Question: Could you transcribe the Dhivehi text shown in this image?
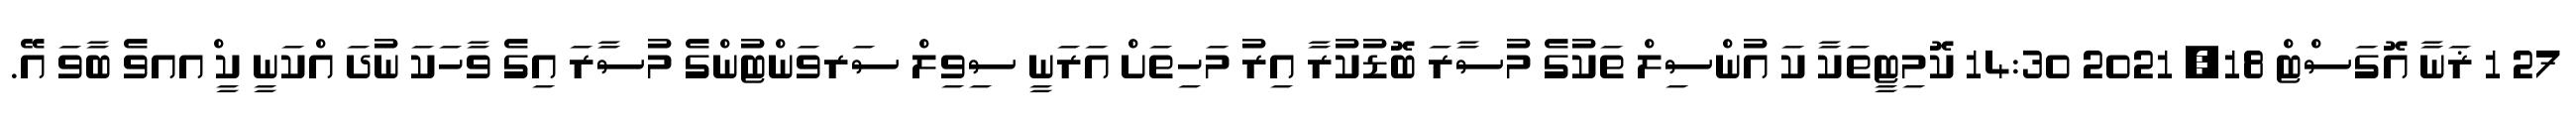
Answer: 27 1 ޜަނާ އޮގަސްޓް 18, 2021 14:30 ކޮމިޓީތަކާ ކަ އުންސިލް ތަކުގެ މުސާރަ ބޮޑުކުރާ އިރު މަހިތަށް އަރަނީ ސިވިލް ސަރވަންޓުންގެ މުސާރަ އިގެ ވާހަކަ ނުދަ އްކަނީ ކީ ްއއވެ ބާވަ އޭ.